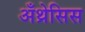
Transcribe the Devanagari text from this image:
अँथ्रेसिस